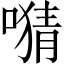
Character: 𫫜